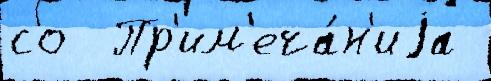
со  Пр'им'еча́н'иjа